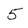
Character: 5